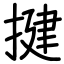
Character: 揵